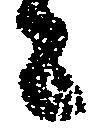
々